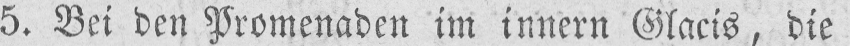
5. Bei den Promenaden im innern Glacis, die